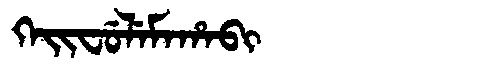
Manchu: ᡴᡝᡳᠸᡠᠯᡝᠮᠠᡥᠠᠪᡳ
Romanization: KEIFULEMAHABI